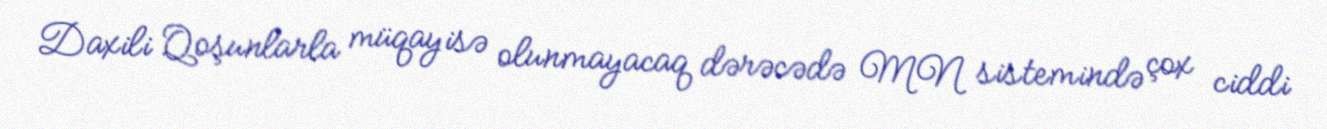
Daxili Qoşunlarla müqayisə olunmayacaq dərəcədə MN sistemində çox ciddi